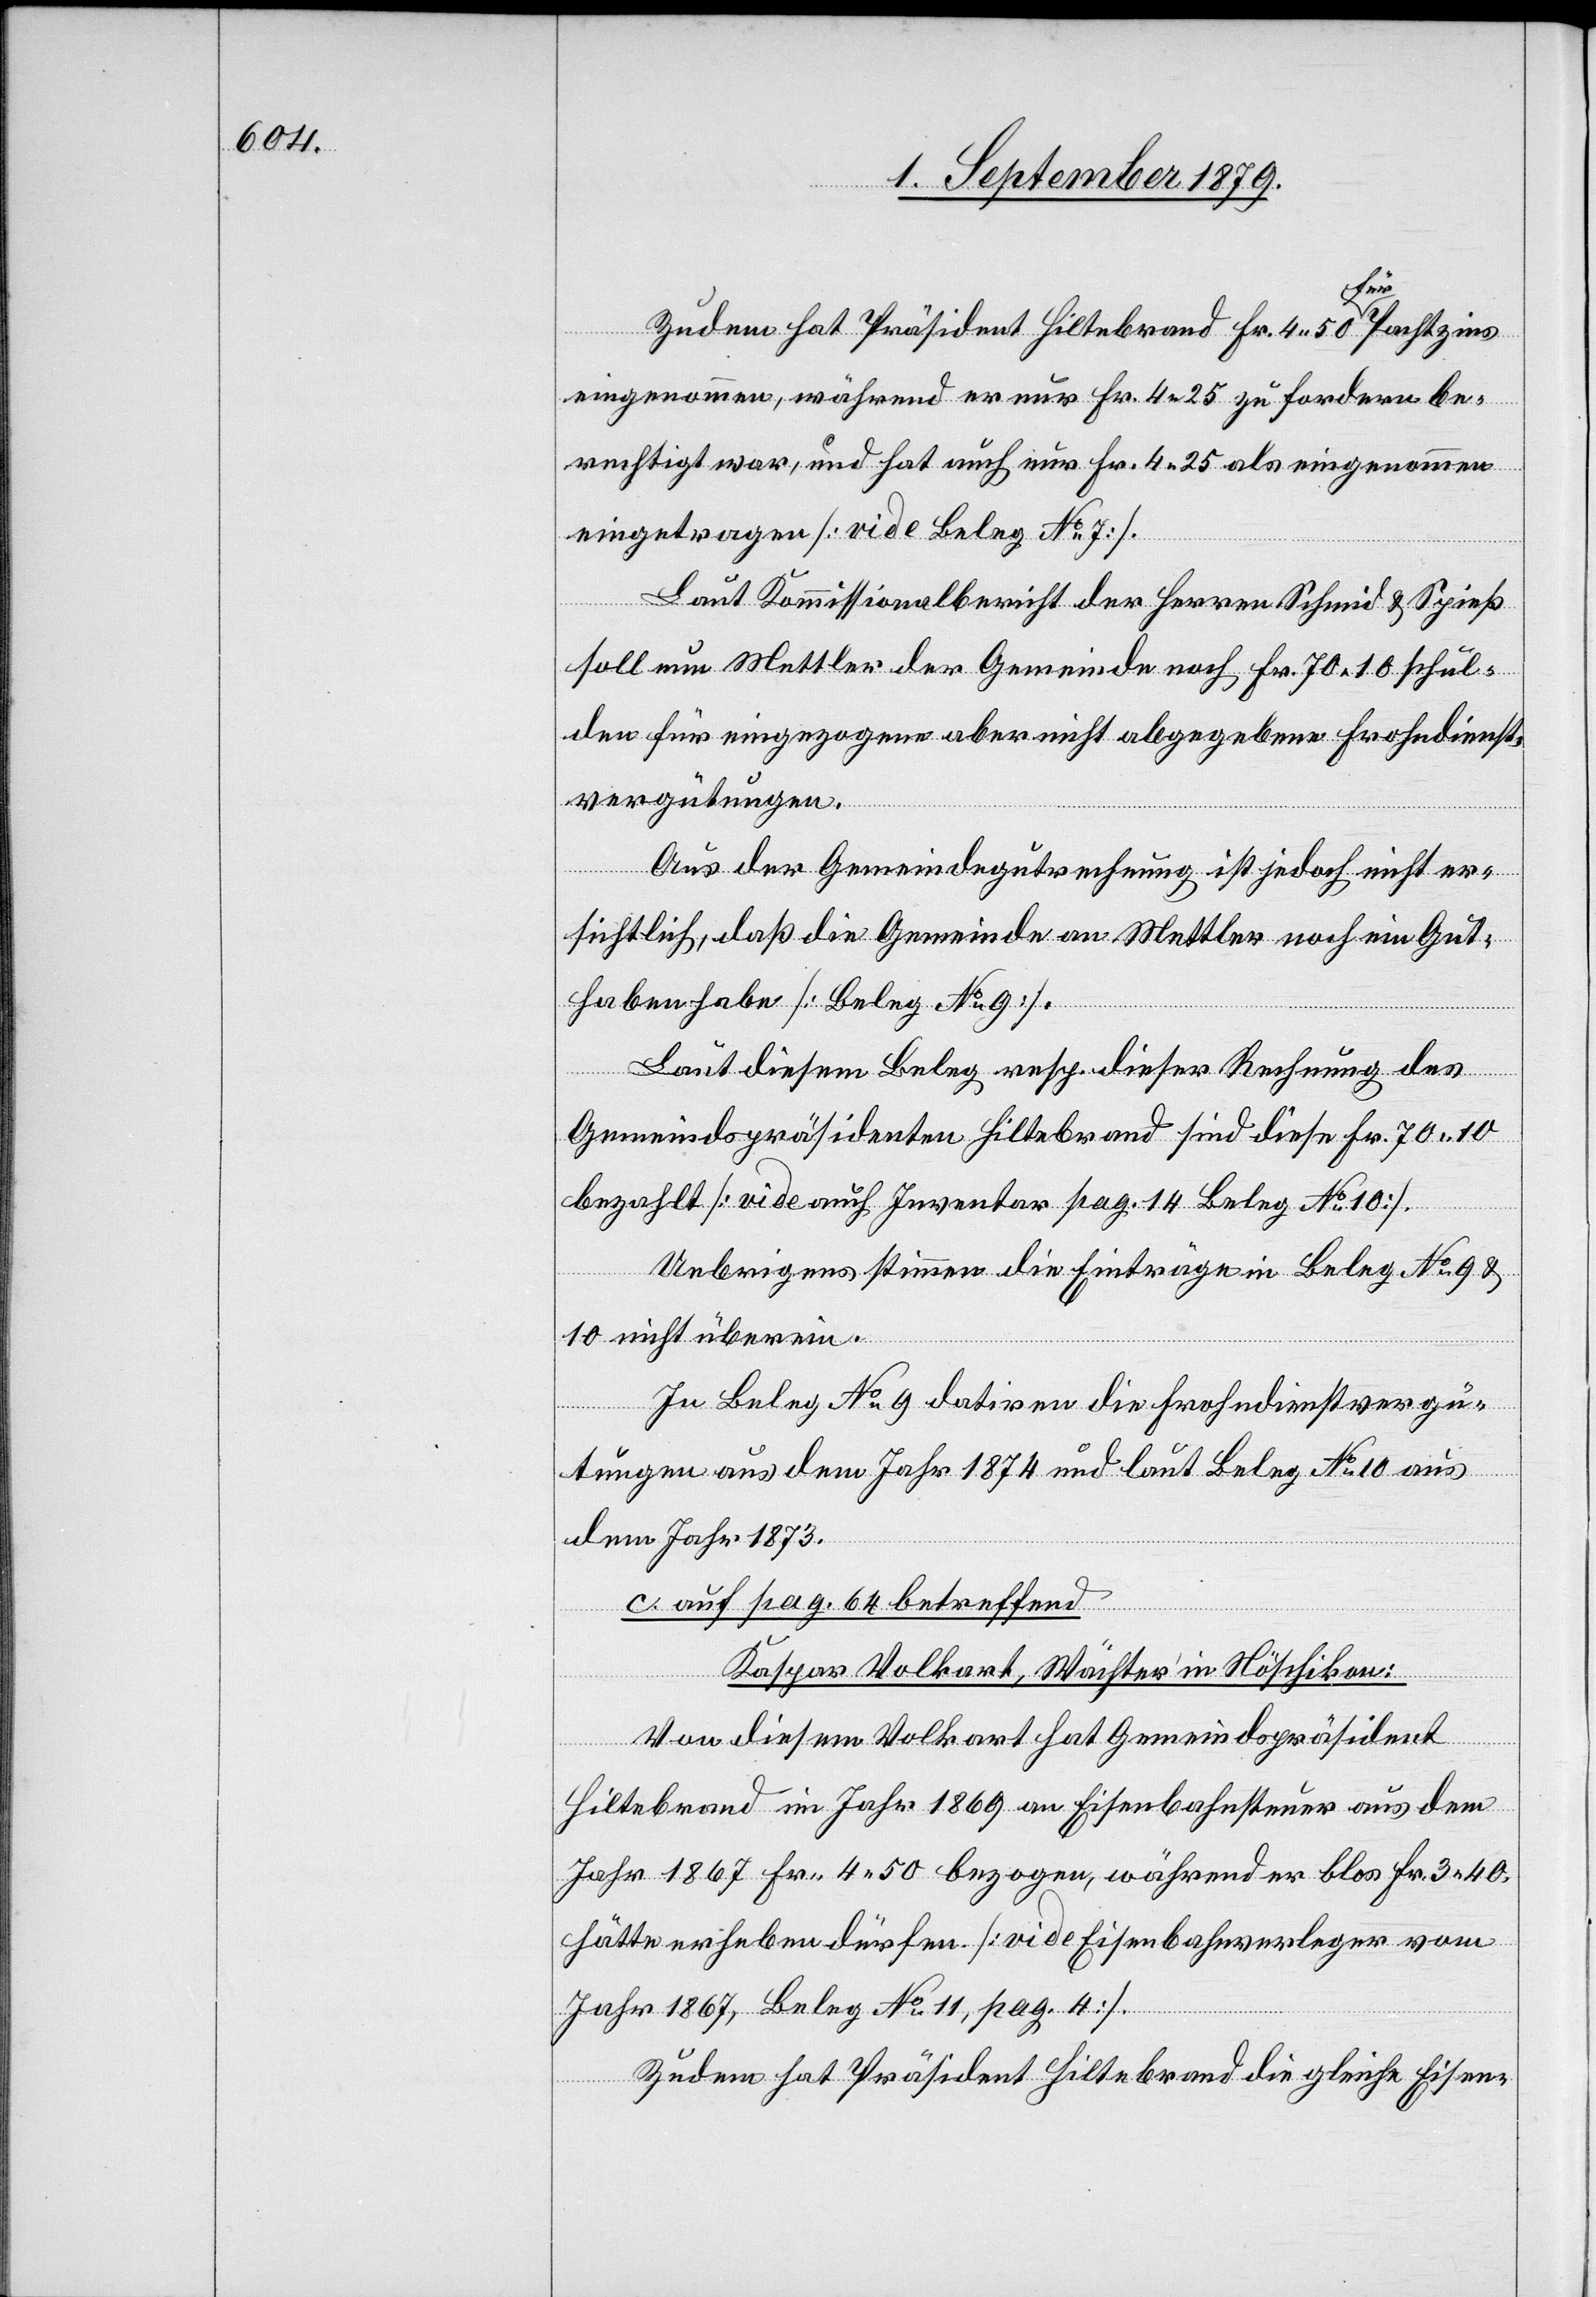
Zudem hat Präsident Hiltebrand Fr. 4 50 für Pachtzins
eingenommen, während er nur Fr. 4 25 zu fordern be¬
rechtigt war, und hat auch nur Fr. 4 25 als eingenommen
eingetragen [vide Beleg No 7].
Laut Kommissionalbericht der Herren Schmid & Spieß
soll nun Mettler der Gemeinde noch Fr. 70 10 schul¬
den für eingezogene aber nicht abgegebene Frohndienst¬
vergütungen.
Aus der Gemeindegutrechnung ist jedoch nicht er¬
sichtlich, daß die Gemeinde an Mettler noch ein Gut¬
haben habe [Beleg No 9].
Laut diesem Beleg resp. dieser Rechnung des
Gemeindspräsidenten Hiltebrand sind diese Fr. 70 10
bezahlt [vide auch Inventar pag. 14 Beleg No 10].
Uebrigens stimmen die Einträge in Beleg No 9 &
10 nicht überein.
In Beleg No 9 datiren die Frohndienstvergü¬
tungen aus dem Jahr 1874 und laut Beleg No 10 aus
dem Jahr 1873.
c. auf pag. 64 betreffend
Kaspar Volkart, Wächter in Nöschikon:
Von diesem Volkart hat Gemeindspräsident
Hiltebrand im Jahr 1869 an Eisenbahnsteuer aus dem
Jahr 1867 Fr. 4 50 bezogen, während er bloß Fr. 3 40
hätte erheben dürfen [vide Eisenbahnverleger vom
Jahr 1867, Beleg No 11, pag. 4].
Zudem hat Präsident Hiltebrand die gleiche Eisen-